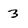
Character: 3